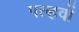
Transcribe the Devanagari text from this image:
पल्हवों